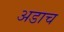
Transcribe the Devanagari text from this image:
अडाच